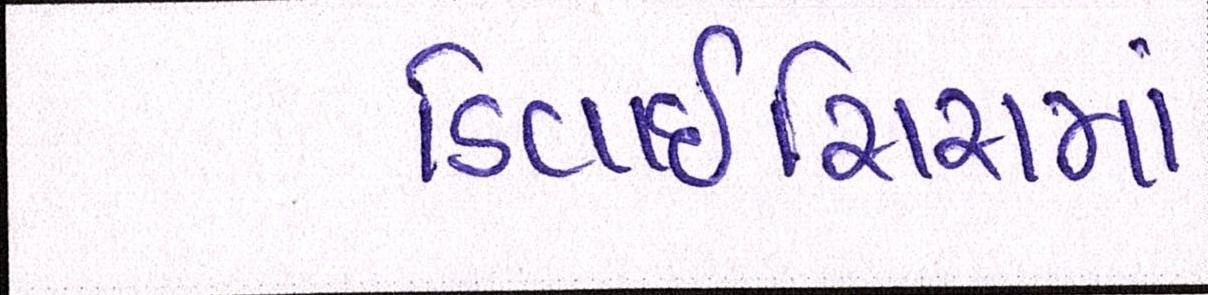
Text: ડિવાઇસિસમાં